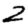
Digit: 2